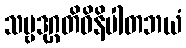
သဗ္ဗဒုဂ္ဂတိဝိနိပါတဘယံ